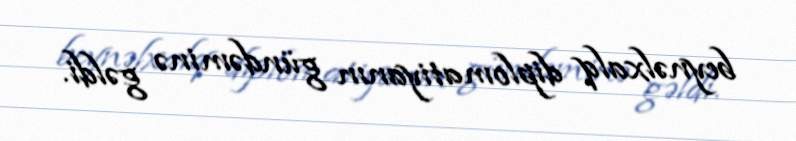
beynəlxalq diplomatiyanın gündəminə gəldi.